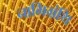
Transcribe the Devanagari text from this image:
नाभिग्रंथि